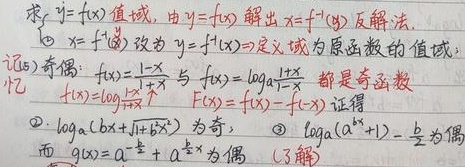
求\(y = f(x)\)值域，由\(y = f(x)\)解出\(x = f^{-1}(y)\)反解法。
1. \(x = f^{-1}(y)\)改为\(y = f^{-1}(x)\Rightarrow\)定义域为原函数的值域；记忆1 (奇偶)：\(f(x)=\frac{1 - x}{1 + x}\)与\(f(x)=\log_{a}\frac{1 - x}{1 + x}\)都是奇函数，\(f(x)=\log_{\sqrt{2}}\frac{1 - x}{1 + x}\)，\(F(x)=f(x)\frac{1 - x}{1 + x}\)。
2. \(\log_{a}(bx+\sqrt{1 + b^{2}x^{2}})\)为奇；
3. \(f(x)=\log_{a}(a^{x}+1)-\frac{x}{2}\)为偶而\(g(x)=a^{x - \frac{1}{2}}+a^{-x - \frac{1}{2}}\)为偶 （了解）